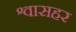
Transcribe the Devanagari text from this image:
श्वासहर